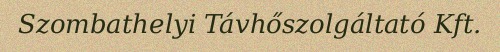
Szombathelyi Távhőszolgáltató Kft.